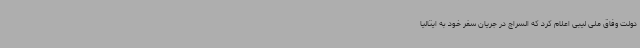
دولت وفاق ملی لیبی اعلام کرد که السراج در جریان سفر خود به ایتالیا